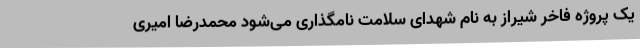
یک پروژه‌ فاخر شیراز به نام شهدای سلامت نامگذاری می‌شود ‌محمدرضا امیری